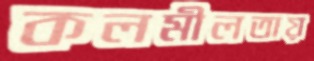
কলমীলতায়